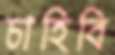
চাহিবি